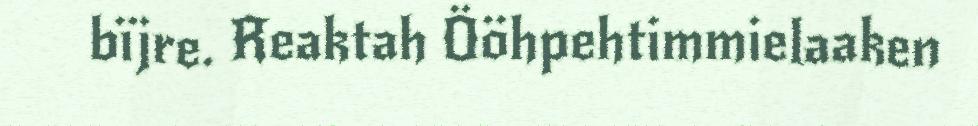
bïjre. Reaktah Ööhpehtimmielaaken